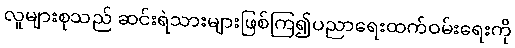
လူများစုသည် ဆင်းရဲသားများဖြစ်ကြ၍ပညာရေးထက်ဝမ်းရေးကို